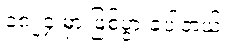
၁၈၂၄ မှာ ဖြစ်ပွားခဲ့ပါတယ်။